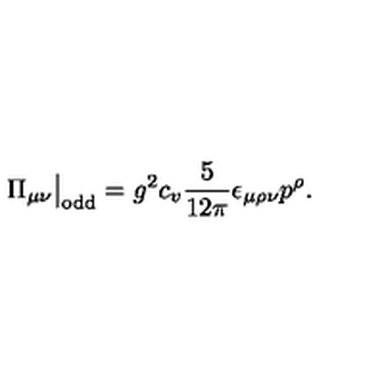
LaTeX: \Pi _ { \mu \nu } \big | _ { \mathrm { o d d } } = g ^ { 2 } c _ { v } \frac { 5 } { 1 2 \pi } \epsilon _ { \mu \rho \nu } p ^ { \rho } .